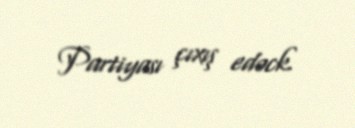
Partiyası çıxış edəck.